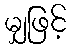
မျှဖြင့်